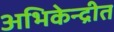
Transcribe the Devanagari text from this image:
अभिकेन्द्रीत